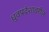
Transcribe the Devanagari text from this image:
ध्रुवप्रदेशावरील